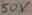
Text: 50V